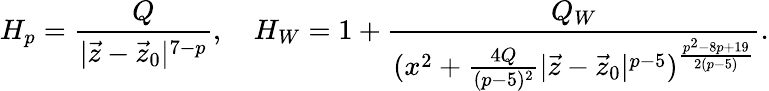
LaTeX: H_{p}={\frac{Q}{|\vec{z}-\vec{z}_{0}|^{7-p}}},\ \ \ \ H_{W}=1+{\frac{Q_{W}}{(x^{2}+{\frac{4Q}{(p-5)^{2}}}|\vec{z}-\vec{z}_{0}|^{p-5})^{\frac{p^{2}-8p+19}{2(p-5)}}}}.